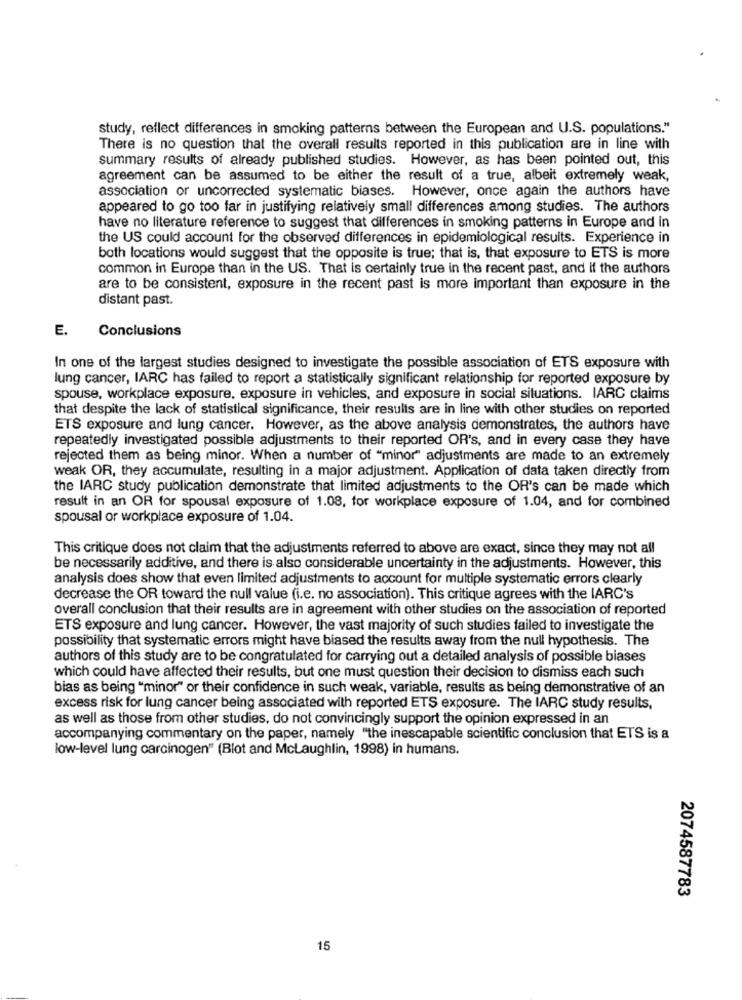
study, reflect differences in smoking patterns between the European and U.S. populations."
There is no question that the overall results reported in this publication are in line with
summary results of already published studies. However, as has been pointed out, this
agreement can be assumed to be either the result of a true, albeit extremely weak,
association or uncorrected systematic biases. However, once again the authors have
appeared to go too far in justifying relatively small differences among studies. The authors
have no literature reference to suggest that differences in smoking patterns in Europe and in
the US could account for the observed differences in epidemiological results. Experience in
both locations would suggest that the opposite is true; that is, that exposure to ETS is more
common in Europe than in the US. That is certainly true in the recent past, and if the authors
are to be consistent, exposure in the recent past is more important than exposure in the
distant past.
E.
Conclusions
In one of the largest studies designed to investigate the possible association of ETS exposure with
lung cancer, IARC has failed to report a statistically significant relationship for reported exposure by
spouse, workplace exposure, exposure in vehicles, and exposure in social situations. IARC claims
that despite the lack of statistical significance, their results are in line with other studies on reported
ETS exposure and lung cancer. However, as the above analysis demonstrates, the authors have
repeatedly investigated possible adjustments to their reported OR's, and in every case they have
rejected them as being minor. When a number of "minor" adjustments are made to an extremely
weak OR, they accumulate, resulting in a major adjustment. Application of data taken directly from
the IARC study publication demonstrate that limited adjustments to the OR's can be made which
result in an OR for spousal exposure of 1.08, for workplace exposure of 1.04, and for combined
spousal or workplace exposure of 1.04.
This critique does not claim that the adjustments referred to above are exact, since they may not all
be necessarily additive, and there is also considerable uncertainty in the adjustments. However, this
analysis does show that even limited adjustments to account for multiple systematic errors clearly
decrease the OR toward the null value (i.e. no association). This critique agrees with the IARC's
overall conclusion that their results are in agreement with other studies on the association of reported
ETS exposure and lung cancer. However, the vast majority of such studies failed to investigate the
possibility that systematic errors might have biased the results away from the null hypothesis. The
authors of this study are to be congratulated for carrying out a detailed analysis of possible biases
which could have affected their results, but one must question their decision to dismiss each such
bias as being "minor" or their confidence in such weak, variable, results as being demonstrative of an
excess risk for lung cancer being associated with reported ETS exposure. The IARC study results,
as well as those from other studies, do not convincingly support the opinion expressed in an
accompanying commentary on the paper, namely "the inescapable scientific conclusion that ETS is a
low-level lung carcinogen" (Blot and Mclaughlin, 1998) in humans.
2074587783
15